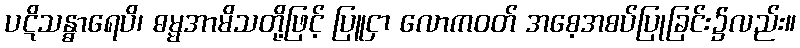
ပဋိသန္ဓာရေပိ၊ ဓမ္မအာမိသတို့ဖြင့် ပြူငှာ လောကဝတ် အစေ့အစပ်ပြုခြင်း၌လည်း။